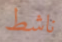
ناشط